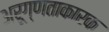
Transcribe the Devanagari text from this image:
अरूग्णताकारक